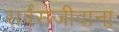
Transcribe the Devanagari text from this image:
सर्वसजीवाना